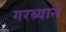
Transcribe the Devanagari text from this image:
गरब्याने